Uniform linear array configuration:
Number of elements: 8
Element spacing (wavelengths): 0.75
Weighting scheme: blackman
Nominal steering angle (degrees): -30
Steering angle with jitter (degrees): -28.661
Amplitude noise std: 0.05
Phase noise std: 0.05

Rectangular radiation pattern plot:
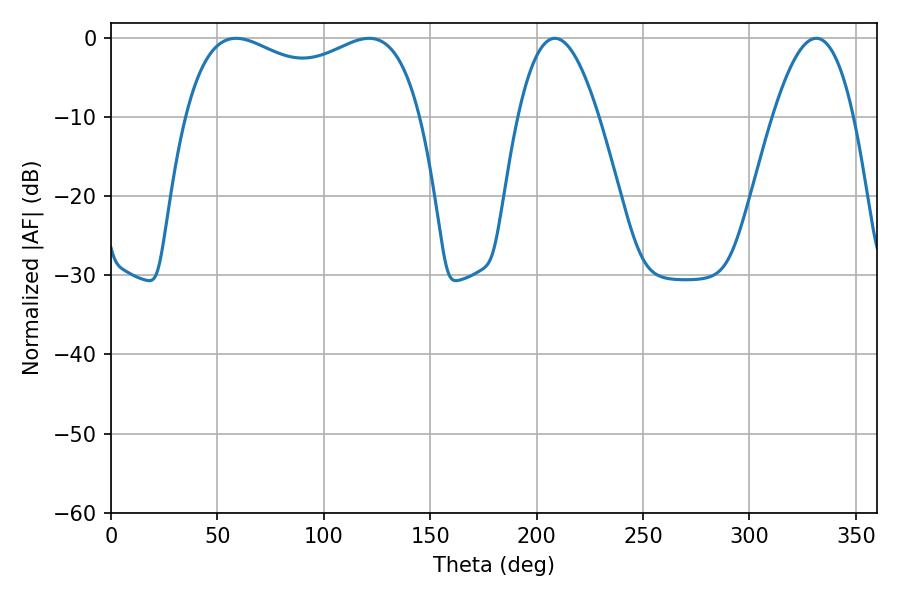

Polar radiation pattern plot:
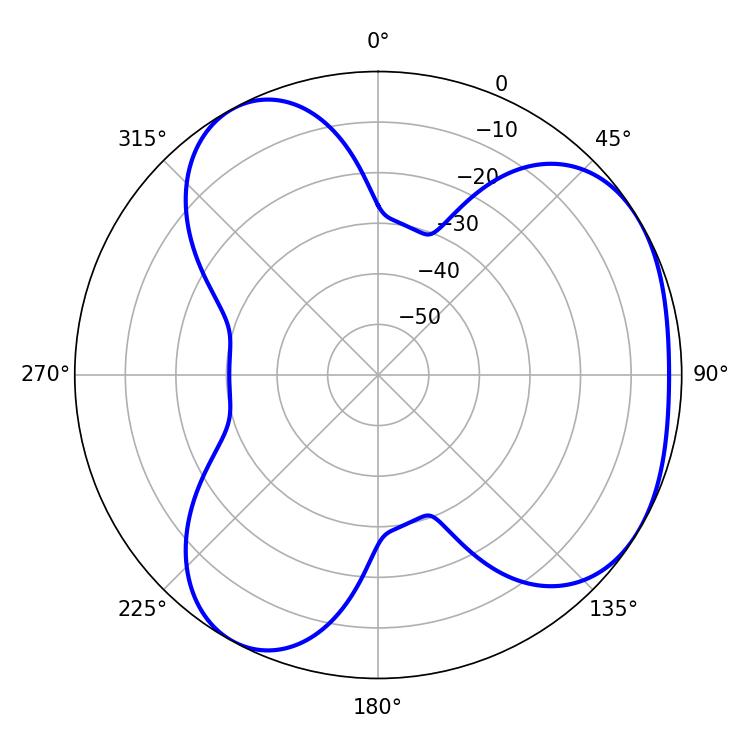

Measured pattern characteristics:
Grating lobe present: TRUE
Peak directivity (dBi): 4.053
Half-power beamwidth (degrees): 20.7
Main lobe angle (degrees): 208.62